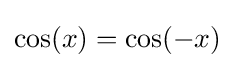
\cos(x)=\cos(-x)